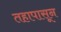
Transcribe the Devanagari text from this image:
तहापासून